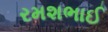
રમશભાઈ